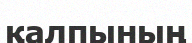
қалпының